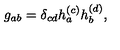
g _ { a b } = \delta _ { c d } h _ { a } ^ { ( c ) } h _ { b } ^ { ( d ) } ,